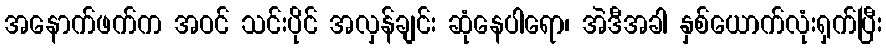
အနောက်ဖက်က အဝင် သင်းပိုင် အလှန်ချင်း ဆုံနေပါရော၊ အဲဒီအခါ နှစ်ယောက်လုံးရှက်ပြီး